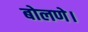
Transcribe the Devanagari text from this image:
बोलणे।